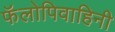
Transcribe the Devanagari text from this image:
फॅलोपिवाहिनी